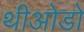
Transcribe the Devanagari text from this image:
थीओडो